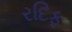
રદિફ